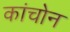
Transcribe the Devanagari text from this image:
कांचोन